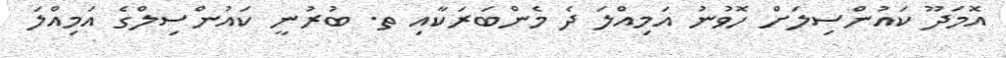
އޮމަދޫ ކައުންސިލަށް ހޮވުނު އަމިއްލަ ދެ މެންބަރަކާއި ތ. ބުރުނީ ކައުންސިލްގެ އަމިއްލަ